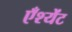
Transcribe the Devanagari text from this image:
एँश्येंट